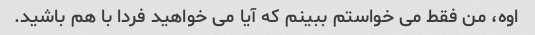
اوه، من فقط می خواستم ببینم که آیا می خواهید فردا با هم باشید.